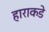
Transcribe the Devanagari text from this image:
हाराकडे